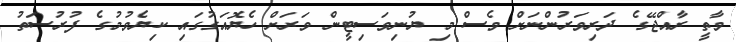
ވާތީ ރާއްޖޭގެ ދަރިވަރުންނަށް ވެސް މި ޔުނިވަސިޓީން ވަރަށް ހެޔޮއަގުގައި ކިޔެވުމުގެ ފުރުސަތު